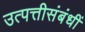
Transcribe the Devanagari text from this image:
उत्पत्तीसंबंधीं